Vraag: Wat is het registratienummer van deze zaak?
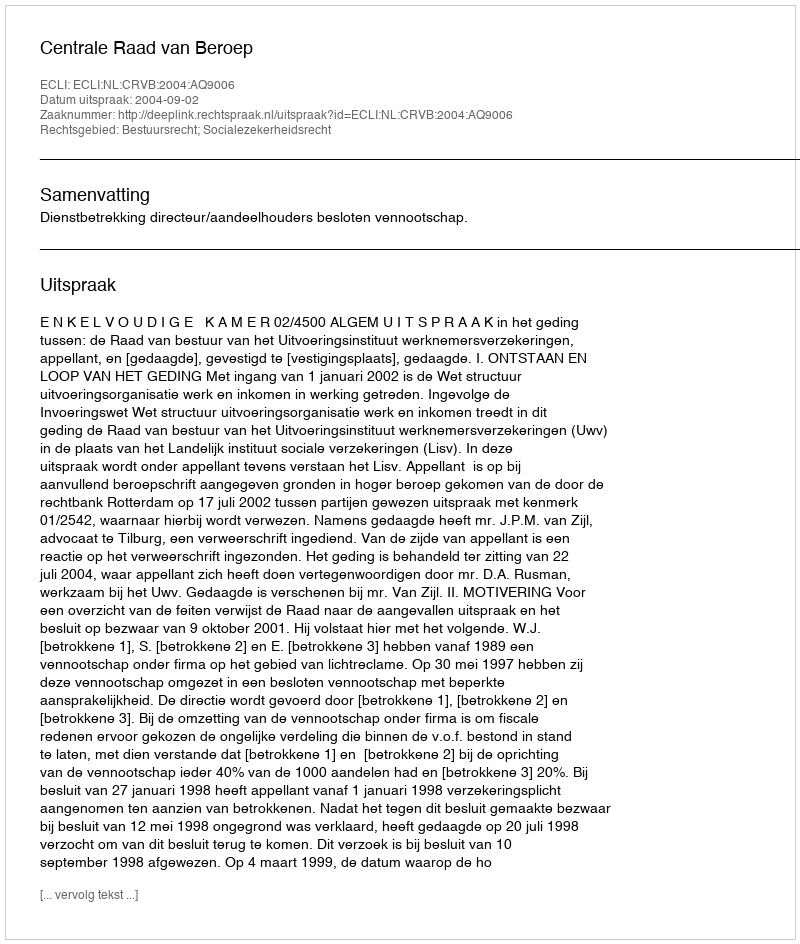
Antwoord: http://deeplink.rechtspraak.nl/uitspraak?id=ECLI:NL:CRVB:2004:AQ9006